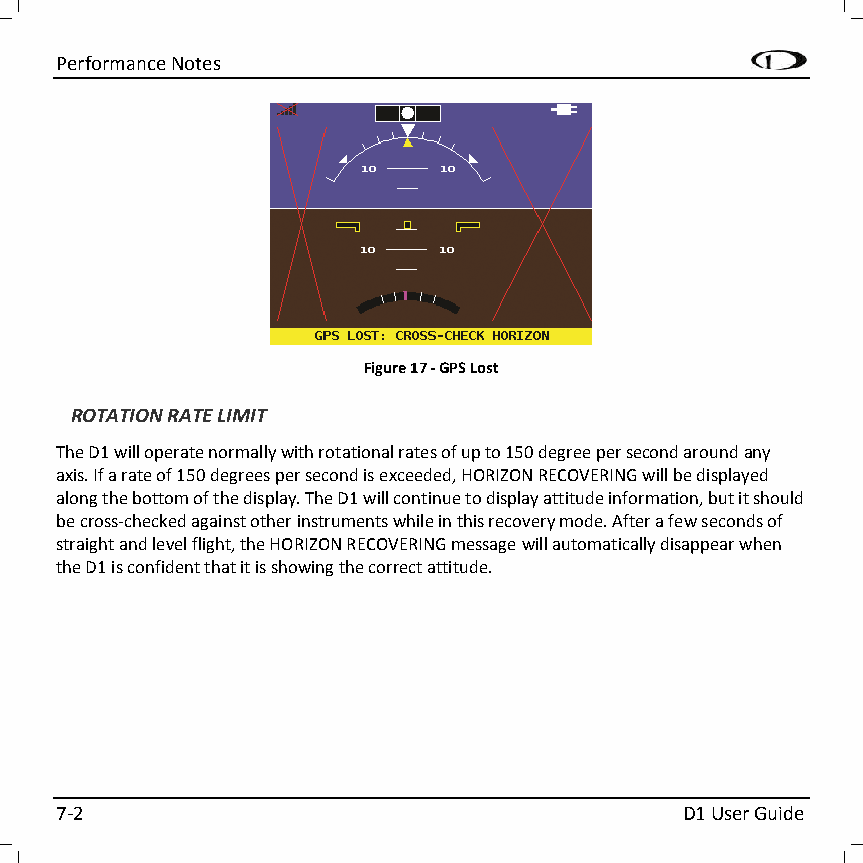
Performance Notes
 Figure 17 - GPS Lost
 ROTATION RATE LIMIT
 The D1 will operate normally with rotational rates of up to 150 degree per second around any
 axis. If a rate of 150 degrees per second is exceeded, HORIZON RECOVERING will be displayed
 along the bottom of the display. The D1 will continue to display attitude information, but it should
 be cross-checked against other instruments while in this recovery mode. After a few seconds of
 straight and level flight, the HORIZON RECOVERING message will automatically disappear when
 the D1 is confident that it is showing the correct attitude.
 7-2                                      D1 User Guide